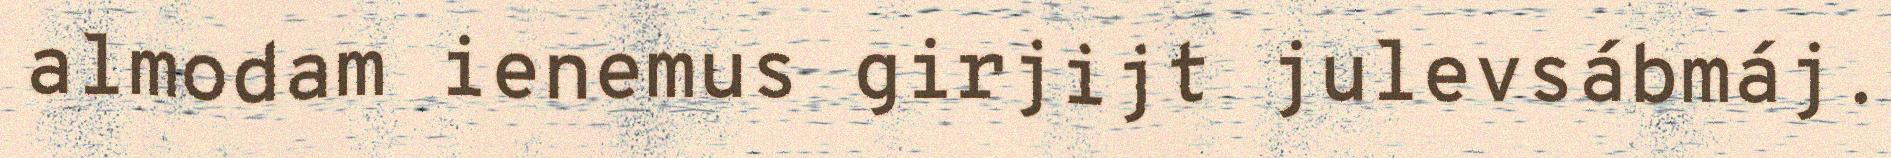
almodam ienemus girjijt julevsábmáj.